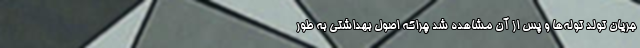
جریان تولد توله‌ها و پس از آن مشاهده شد چراکه اصول بهداشتی به طور